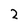
Character: 2